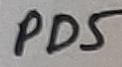
Text: PD5